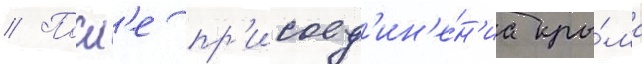
// Посл'е пр'исоед'ин'е́н'иа кры́ма